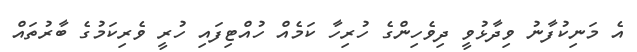
އެ މަނިކުފާނު ވިދާޅުވީ ދިވެހިންގެ ހުރިހާ ކަމެއް ހުއްޓިފައި ހުރީ ވެރިކަމުގެ ބާރުތައް